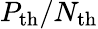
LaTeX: P_{\mathrm{th}}/N_{\mathrm{th}}